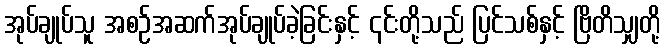
အုပ်ချုပ်သူ အစဉ်အဆက်အုပ်ချုပ်ခဲ့ခြင်းနှင့် ၎င်းတို့သည် ပြင်သစ်နှင့် ဗြိတိသျှတို့